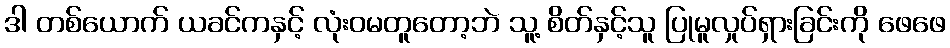
ဒါ တစ်ယောက် ယခင်ကနှင့် လုံးဝမတူတော့ဘဲ သူ့ စိတ်နှင့်သူ ပြုမူလှုပ်ရှားခြင်းကို ဖေဖေ